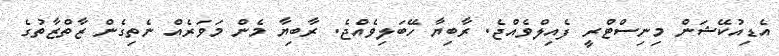
އެޑިއުކޭޝަން މިނިސްޓްރީ ފެއިލްވެއްޖެ. ރާބިޔާ ހޭބަލިވެއްޖެ. ރާބިޔާ މެން މަވަރެއް ނެތިގެން ޒާތްޒާތުގެ